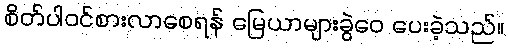
စိတ်ပါဝင်စားလာစေရန် မြေယာများခွဲဝေ ပေးခဲ့သည်။